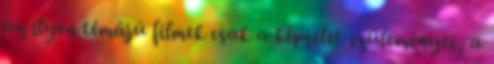
az ilyen témájú filmek csak a képzelet szüleményei, a